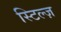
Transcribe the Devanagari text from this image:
स्टिल्ज़